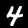
Digit: 4